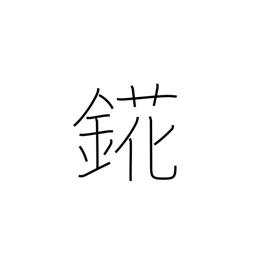
Meaning: holmium